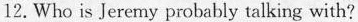
12.Who is Jeremy probably talking with?